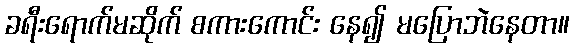
ခရီးရောက်မဆိုက် စကားကောင်း နေ၍ မပြောဘဲနေတာ။